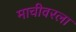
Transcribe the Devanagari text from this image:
माचीवरला